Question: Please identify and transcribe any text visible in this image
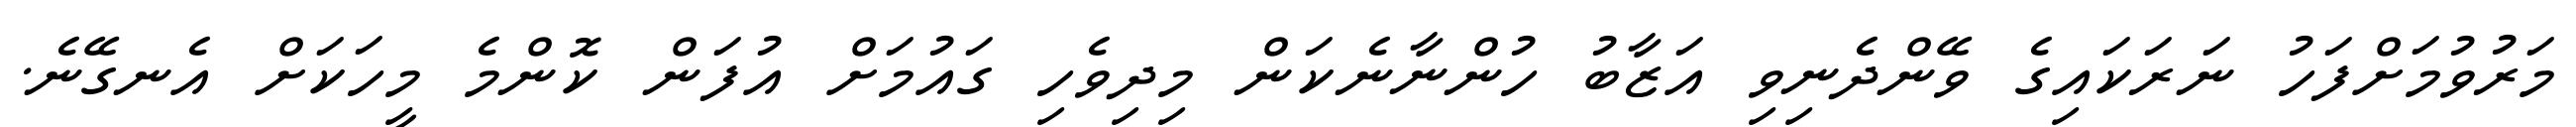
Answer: މަރުވުމަށްފަހު ނަރަކައިގެ ވޭންދެނިވި އަޒާބު ހުންނާނެކަން މިދިވެހި ގައުމަށް އުފަން ކޮންމެ މީހަކަށް އެނގޭނެ.